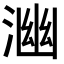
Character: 𭱒